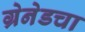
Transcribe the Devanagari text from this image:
ग्रेनेडचा